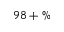
9 8 + \%